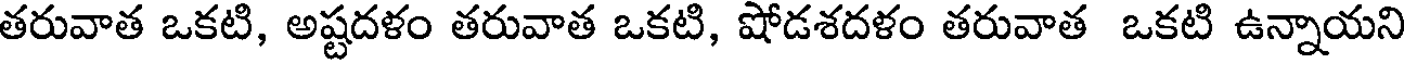
తరువాత ఒకటి, అష్టదళం తరువాత ఒకటి, షోడశదళం తరువాత ఒకటి ఉన్నాయని